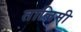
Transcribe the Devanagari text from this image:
तालिमी